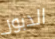
الدبور